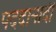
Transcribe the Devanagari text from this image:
पददानादी